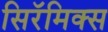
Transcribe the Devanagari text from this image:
सिरॅमिक्स